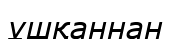
ұшқаннан